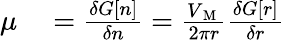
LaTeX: \begin{array}{rl}{\mu}&{{}=\frac{\delta G[n]}{\delta n}=\frac{V_{\mathrm{~M~}}}{2\pi r}\frac{\delta G[r]}{\delta r}}\end{array}